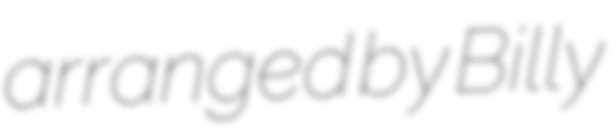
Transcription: arranged by Billy